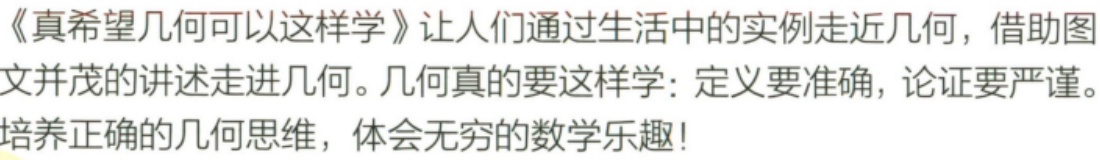
《真希望几何可以这样学》让人们通过生活中的实例走近几何，借助图文并茂的讲述走进几何。几何真的要这样学：定义要准确，论证要严谨。培养正确的几何思维，体会无穷的数学乐趣！